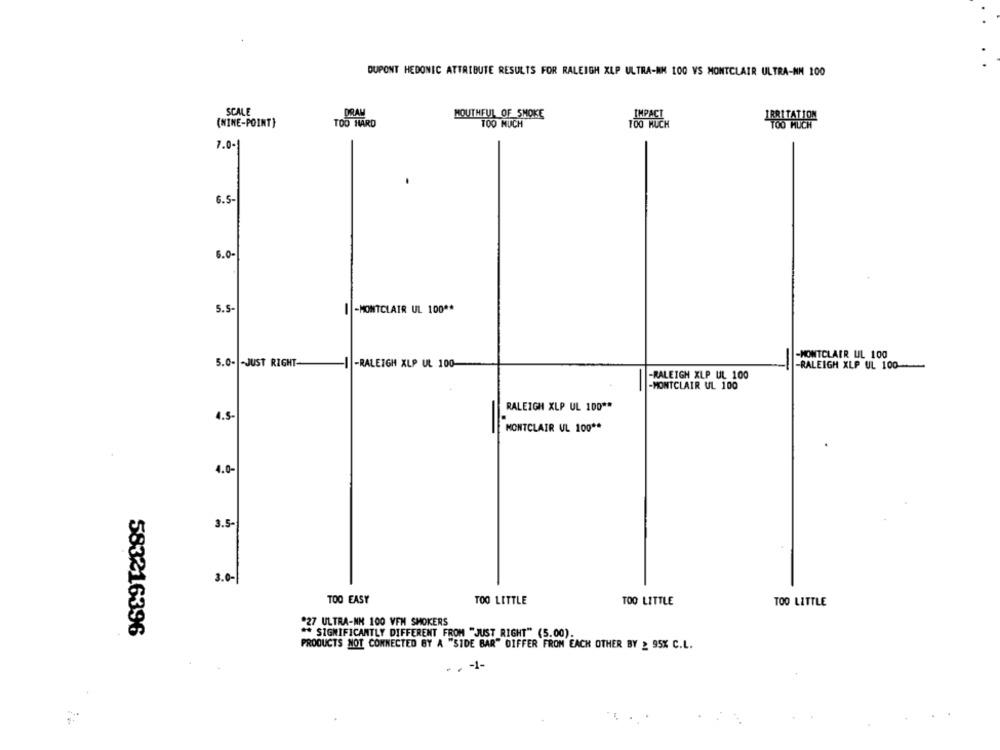
DUPONT HEDONIC ATTRIBUTE RESULTS FOR RALEIGH XLP ULTRA-NM 100 VS MONTCLAIR ULTRA-NM 100
SCALE
DRAM
IMPACT
MOUTHFUL OF SMOKE
(NINE-POINT}
TOO HARD
TOO MUCH
TOO MUCH
7.0-
6.5-
6.0-
5.5-
I -MONTCLAIR UL 100 **
-MONTCLAIR UL 100
5.0- - JUST RIGHT-
-I -RALEIGH XLP UL 100-
-RALEIGH XLP UL 100
-RALEIGH XLP UL 100
-
-MONTCLAIR UL 100
RALEIGH XLP UL 100 **
4.5-
MONTCLAIR UL 100 **
4.0-
3.5-
3.0-
TOO EASY
TOO LITTLE
TOO LITTLE
TOO LITTLE
27 ULTRA-NM 100 VFM SMOKERS
583216396
** SIGNIFICANTLY DIFFERENT FROM "JUST RIGHT" (5.00).
PRODUCTS NOT CONNECTED BY A "SIDE BAR" DIFFER FROM EACH OTHER BY _ 95% C.L.
- . - 1-